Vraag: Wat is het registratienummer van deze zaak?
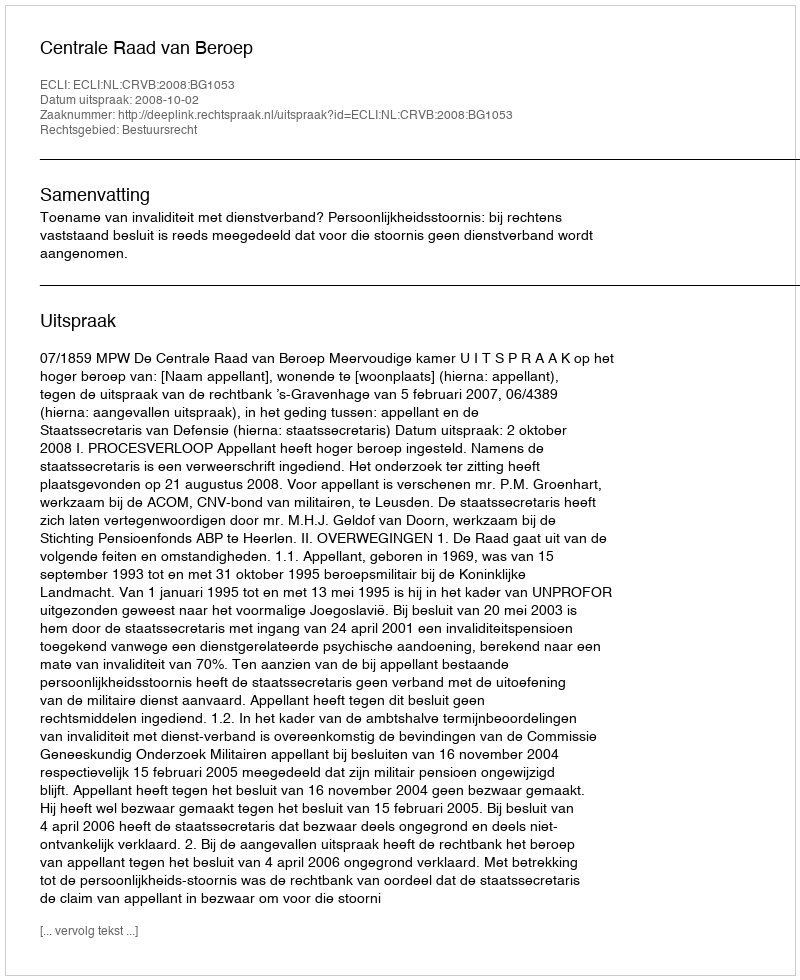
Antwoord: http://deeplink.rechtspraak.nl/uitspraak?id=ECLI:NL:CRVB:2008:BG1053